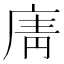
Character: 𢉑